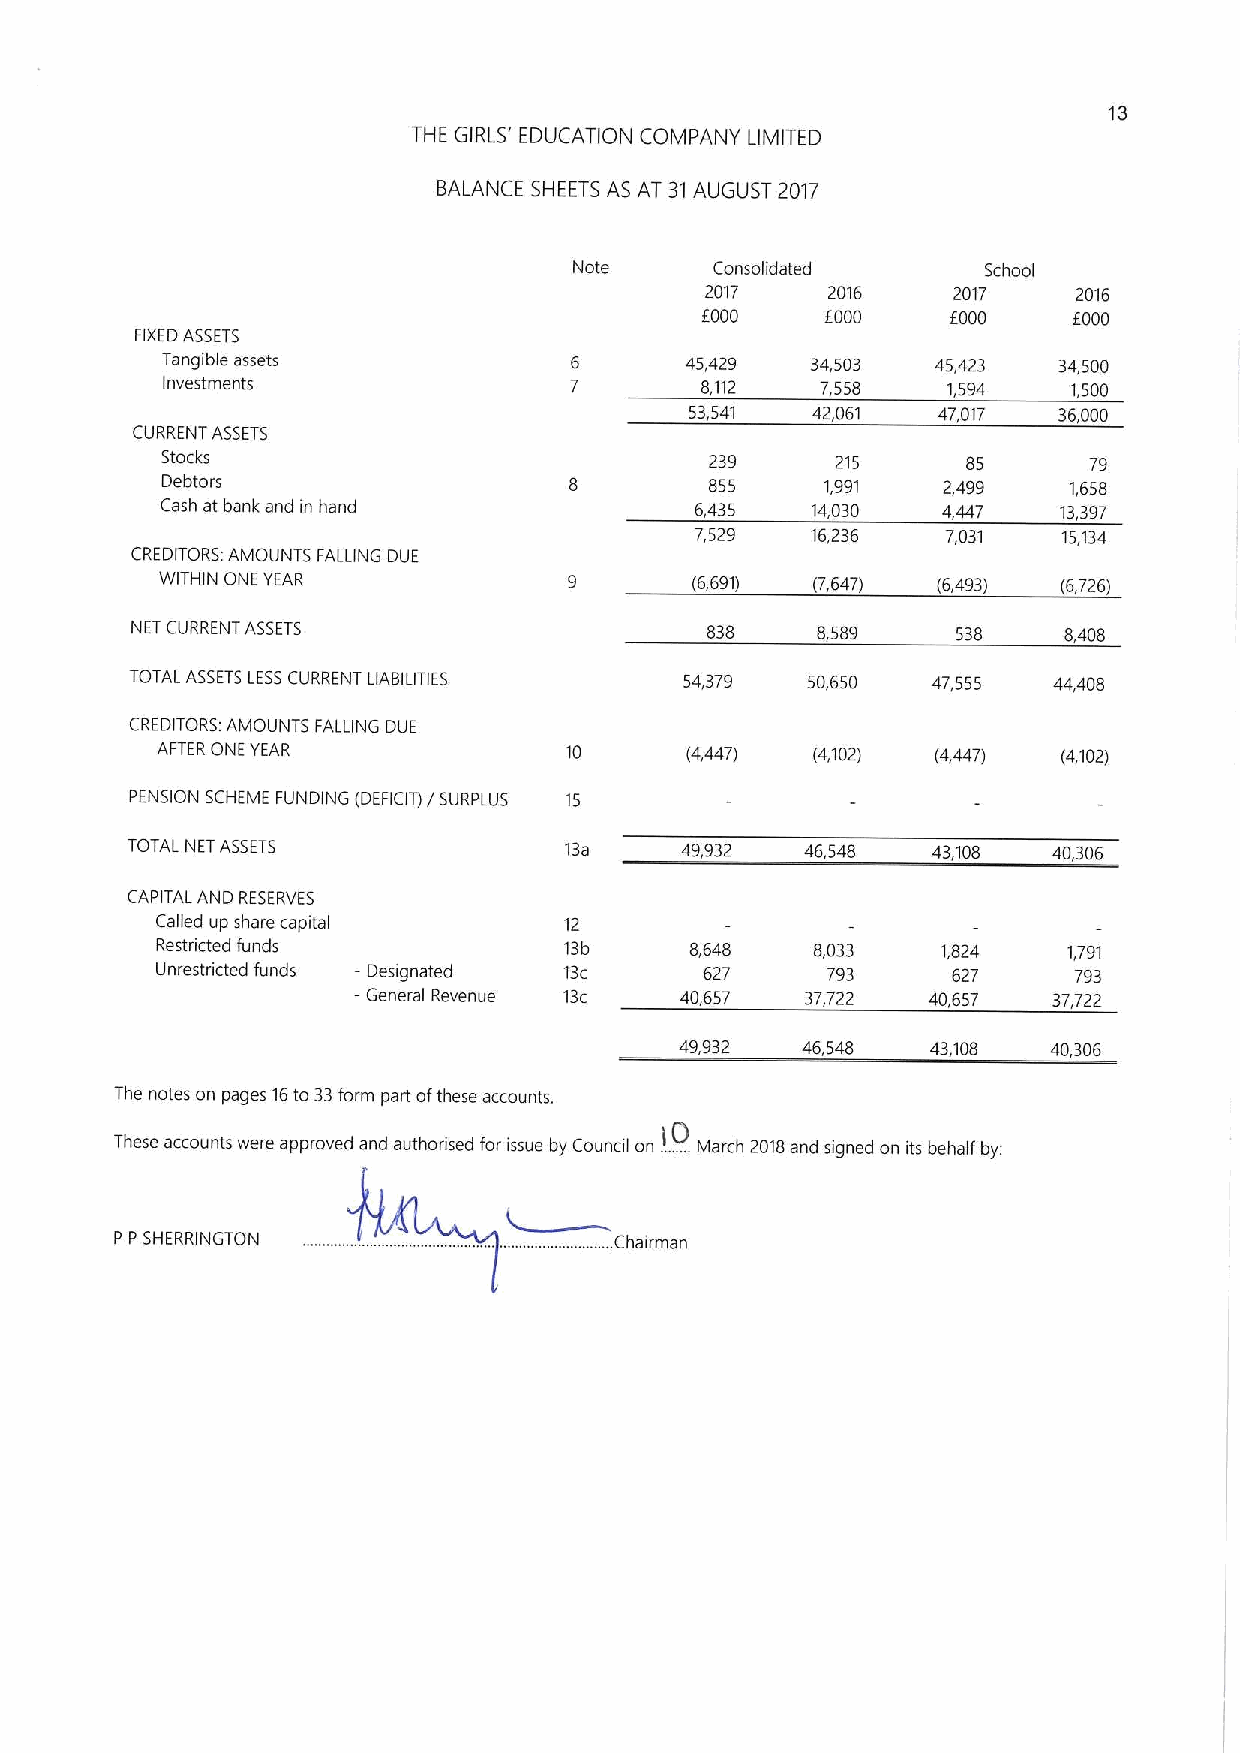
13
 THE GIRLS' EDUCATION COMPANY LIMITED
 BALANCE SHEETS AS AT 31AUGUST 2017
 Note     Consolidated      School
 2017    2016    2017    2016
 F000     6000    f000    f000
 FIXEDASSETS
 Tangible assets                   45,429   34,503  45,423  34,500
 Investments                        8,112   7,558    1,594   1,500
 53,541  42,061  47,017  36,000
 CURREN1 ASSETS
 Stocks                              239     215      85      79
 Debtors                             855     1,991  2,499    1,658
 Cash at bank and in hand           6,435   14,030  4,447   13,397
 7,529   16,236   7,031  15,134
 CREDITORS:AMOUN15 FALLING DUE
 WITHIN ONE YEAR                    (6,691) (7,647) (6,493) (6,726)
 NET CURRENT ASSETS                    838    8,589    538    8,408
 TOTAL ASSETS LESSCURRENT LIABILITIES 54,379 50,650   47,555  44,408
 CREDITORS AMOUNTS FALLING DUE
 AFTER ONE YEAR             10      (4,447)  (4,102) (4,447) (4,102)
 PENSION SCHEME FUNDING (DEFICIT)/ SURPLUS 15
 TOTAL NET ASSETS             13a     49,932  46,548   43,108  40,306
 CAPITAL AND RESERVES
 Called up share capital    12
 Restricted funds           13b      8,648   8,033   1,824    1,791
 Unrestricted funds —Designated 13c   627     793     627     793
 —General Revenue 13c  40,657  37,722  40,657   37,722
 49,932  46,548   43,108  40,306
 The notes on pages 16to 33form part ofthese accounts.
 These accounts were approved and authorised for issue by Cauncil on .......March 2018and signed an its behalf by.
 P P SHERRINGTON                  Chairman